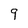
Character: 9